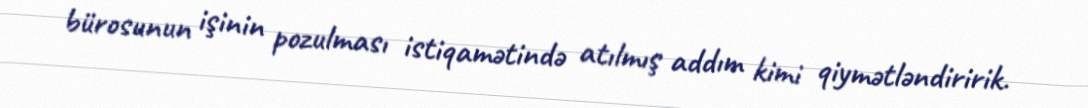
bürosunun işinin pozulması istiqamətində atılmış addım kimi qiymətləndiririk.